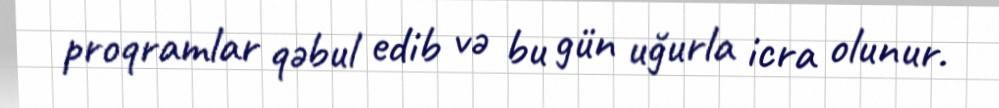
proqramlar qəbul edib və bu gün uğurla icra olunur.